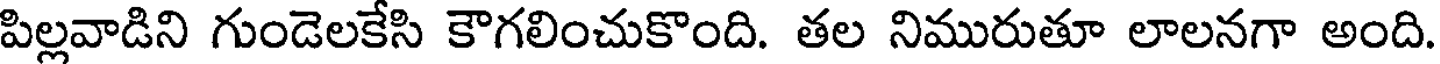
పిల్లవాడిని గుండెలకేసి కౌగలించుకొంది. తల నిమురుతూ లాలనగా అంది